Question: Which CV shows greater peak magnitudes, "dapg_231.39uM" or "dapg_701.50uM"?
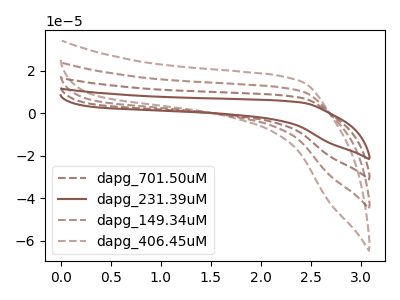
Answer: <think>The brown dashed curve "dapg_701.50uM" has no peaks. The brown curve "dapg_231.39uM" has no peaks. The brown dashed curve "dapg_149.34uM" has no peaks. The brown dashed curve "dapg_406.45uM" has no peaks.</think>
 <answer>Niether CV has any peaks.</answer>
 <eval>blanks</eval>